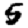
Digit: 5